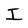
Character: I